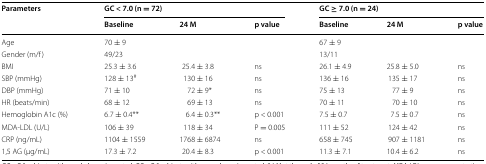
<table><thead><tr><td rowspan="2"><b>Parameters</b></td><td colspan="3"><b>GC &lt; 7.0 (n = 72)</b></td><td colspan="3"><b>GC ≥ 7.0 (n = 24)</b></td></tr><tr><td><b>Baseline</b></td><td><b>24 M</b></td><td><b>p value</b></td><td><b>Baseline</b></td><td><b>24 M</b></td><td><b>p value</b></td></tr></thead><tbody><tr><td>Age</td><td>70 ± 9</td><td></td><td></td><td>67 ± 9</td><td></td><td></td></tr><tr><td>Gender (m/f)</td><td>49/23</td><td></td><td></td><td>13/11</td><td></td><td></td></tr><tr><td>BMI</td><td>25.3 ± 3.6</td><td>25.4 ± 3.8</td><td>ns</td><td>26.1 ± 4.9</td><td>25.8 ± 5.0</td><td>ns</td></tr><tr><td>SBP (mmHg)</td><td>128 ± 13<sup>#</sup></td><td>130 ± 16</td><td>ns</td><td>136 ± 16</td><td>135 ± 17</td><td>ns</td></tr><tr><td>DBP (mmHg)</td><td>71 ± 10</td><td>72 ± 9*</td><td>ns</td><td>75 ± 13</td><td>77 ± 9</td><td>ns</td></tr><tr><td>HR (beats/min)</td><td>68 ± 12</td><td>69 ± 13</td><td>ns</td><td>70 ± 11</td><td>70 ± 10</td><td>ns</td></tr><tr><td>Hemoglobin A1c (%)</td><td>6.7 ± 0.4**</td><td>6.4 ± 0.3**</td><td>p &lt; 0.001</td><td>7.5 ± 0.7</td><td>7.5 ± 0.7</td><td>ns</td></tr><tr><td>MDA-LDL (U/L)</td><td>106 ± 39</td><td>118 ± 34</td><td>P = 0.005</td><td>111 ± 52</td><td>124 ± 42</td><td>ns</td></tr><tr><td>CRP (ng/mL)</td><td>1104 ± 1559</td><td>1768 ± 6874</td><td>ns</td><td>658 ± 745</td><td>907 ± 1181</td><td>ns</td></tr><tr><td>1,5 AG (μg/mL)</td><td>17.3 ± 7.2</td><td>20.4 ± 8.3</td><td>p &lt; 0.001</td><td>11.3 ± 7.1</td><td>10.4 ± 6.2</td><td>ns</td></tr></tbody></table>